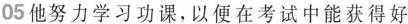
05他努力学习功课,以便在考试中能获得好